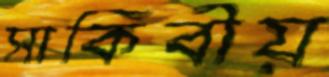
সাকিবীয়